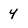
Character: y